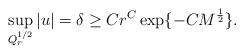
LaTeX: \begin{align*}\sup_{Q^{{1}/{2}}_r}|u|=\delta\geq C r^C \exp\{-CM^{\frac{1}{2}}\}.\end{align*}